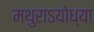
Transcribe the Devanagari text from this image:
मथुराऽयोध्या